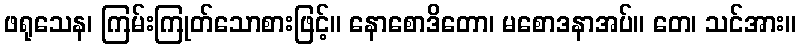
ဖရုသေန၊ ကြမ်းကြုတ်သောစားဖြင့်။ နောစောဒိတော၊ မစောဒနာအပ်။ တေ၊ သင်အား။